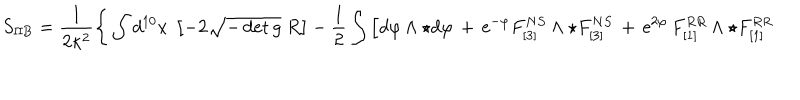
LaTeX: S _ { \mathrm { I I B } } = \frac { 1 } { 2 \kappa ^ { 2 } } \Bigg \{ \int d ^ { 1 0 } x ~ \left[ - 2 \sqrt { - \det g } ~ R \right] - \frac { 1 } { 2 } \int \Big [ d \varphi \wedge \star d \varphi \, + \, \mathrm { e } ^ { - \varphi } F _ { [ 3 ] } ^ { N S } \wedge \star F _ { [ 3 ] } ^ { N S } \, + \, \mathrm { e } ^ { 2 \varphi } \, F _ { [ 1 ] } ^ { R R } \wedge \star F _ { [ 1 ] } ^ { R R }